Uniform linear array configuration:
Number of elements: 4
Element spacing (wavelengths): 0.25
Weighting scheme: blackman
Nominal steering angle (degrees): -30
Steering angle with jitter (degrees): -31.435
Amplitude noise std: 0.05
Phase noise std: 0.05

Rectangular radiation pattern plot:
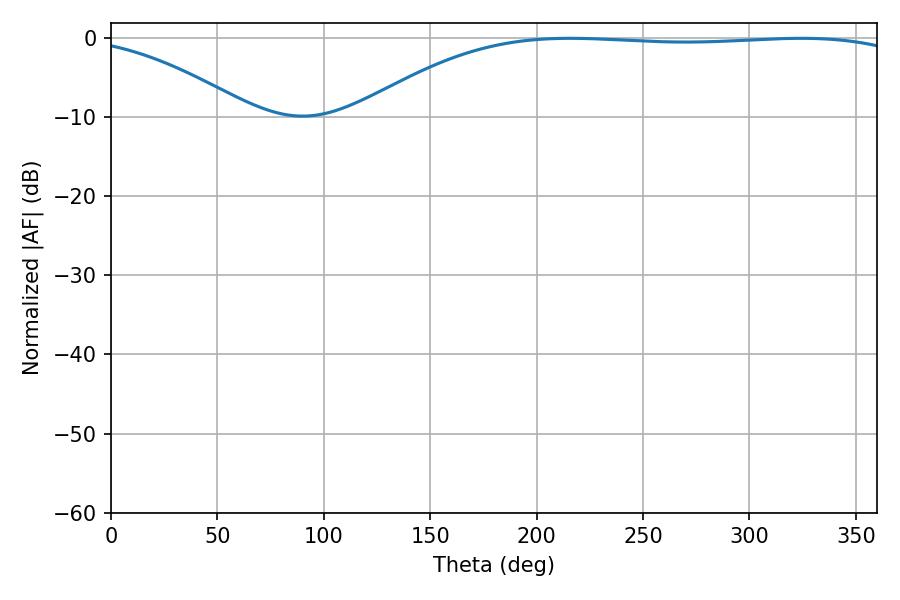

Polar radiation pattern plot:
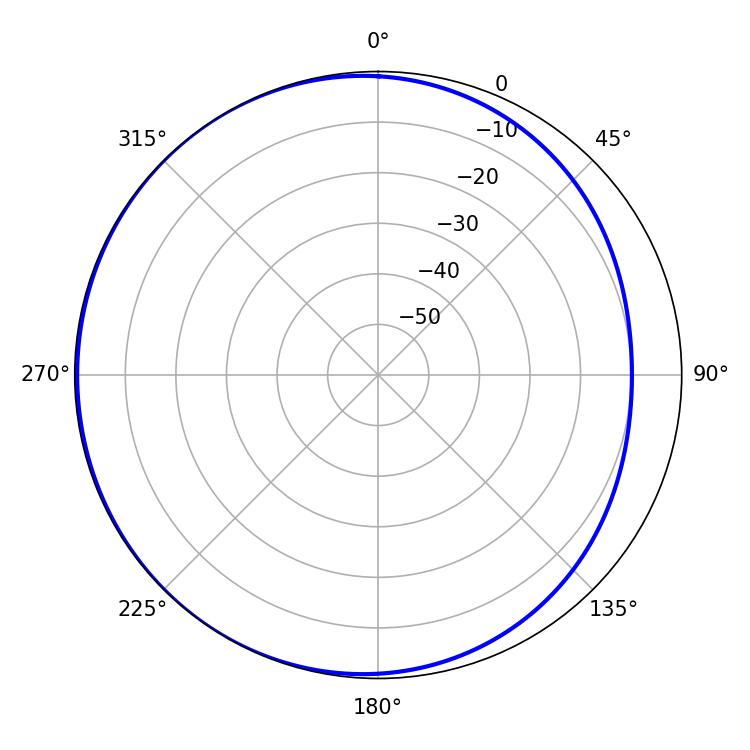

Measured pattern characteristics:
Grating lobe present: FALSE
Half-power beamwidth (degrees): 204.48
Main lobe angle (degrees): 215.64